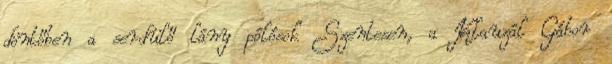
döntőben a serdülő lány pólósok Szentesen, a Klauzál Gábor